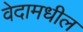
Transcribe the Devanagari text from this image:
वेदामधील